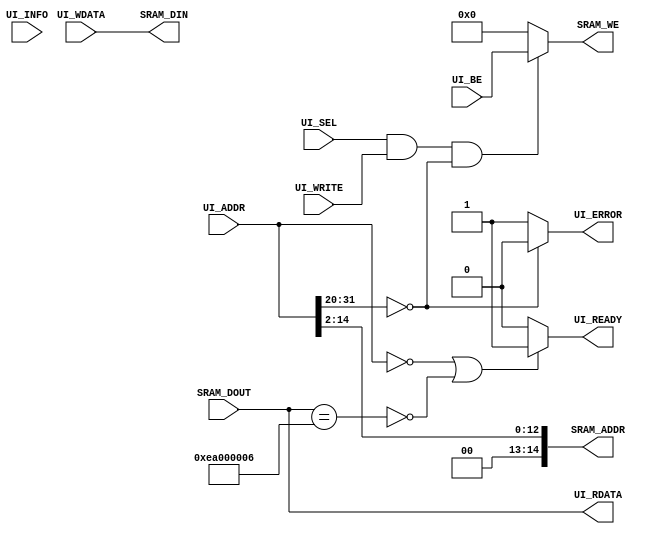
//+FHDR----------------------------------------------------------------
// (C) Copyright CASLab.EE.NCKU
// All Right Reserved
//---------------------------------------------------------------------
// CONTACT INFORMATION: ccwang@mail.ee.ncku.edu.tw
//---------------------------------------------------------------------
// RELEASE VERSION: 1.0.0
// VERSION DESCRIPTION: First Edition no errata
//---------------------------------------------------------------------
// RELEASE: 2009/2/5 PM. 05:43:22
//---------------------------------------------------------------------
// PURPOSE:
//-FHDR----------------------------------------------------------------

// synopsys translate_off
//`include "timescale.v"
// synopsys translate_on

module  control_unit(
        //-------------------------------------------------------------
        //  AHB Interface
        //-------------------------------------------------------------
        UI_SEL,
        UI_ADDR,
        UI_WRITE,
        UI_BE,
        UI_INFO,
        UI_WDATA,
        UI_READY,
        UI_ERROR,
        UI_RDATA,
        //-------------------------------------------------------------
        //  SRAM Interface
        //-------------------------------------------------------------
        SRAM_ADDR,
        SRAM_DIN,
        SRAM_WE,
        SRAM_DOUT
        );

    //-----------------------------------------------------------------
    //  AHB Interface
    //-----------------------------------------------------------------
    input           UI_SEL;
    input   [31:0]  UI_ADDR;
    input           UI_WRITE;
    input   [3:0]   UI_BE;
    input   [2:0]   UI_INFO;
    input   [31:0]  UI_WDATA;
    output          UI_READY;
    output          UI_ERROR;
    output  [31:0]  UI_RDATA;

    //-----------------------------------------------------------------
    //  SRAM Interface
    //-----------------------------------------------------------------
    output  [14:0]  SRAM_ADDR;
    output  [31:0]  SRAM_DIN;
    output  [3:0]   SRAM_WE;
    input   [31:0]  SRAM_DOUT;

//---------------------------------------------------------------------
// Internal signal or Parameter declarations
//---------------------------------------------------------------------
    wire            error;

//=====================================================================
//      Main Body
//=====================================================================

    //out of range (1MB)
    assign  error = (UI_ADDR[31:20]==12'b0) ? 1'b0 : 1'b1 ;

    //-----------------------------------------------------------------
    //  AHB Interface
    //-----------------------------------------------------------------
    assign  UI_READY = ((UI_ADDR==32'h0000_0000)|~(SRAM_DOUT==32'hEA000006))? 1'b1: 1'b0 ;
    assign  UI_RDATA = SRAM_DOUT;
    assign  UI_ERROR = error;

    //-----------------------------------------------------------------
    //  SRAM Interface
    //-----------------------------------------------------------------
    assign  SRAM_ADDR = UI_ADDR[14:2];
    assign  SRAM_DIN = UI_WDATA;
    assign  SRAM_WE = ( UI_SEL & UI_WRITE & (~error) ) ? UI_BE : 4'b0000;


endmodule